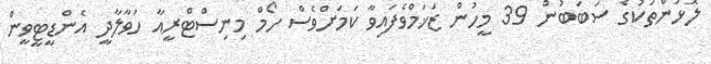
ލޮޅުންތަކުގެ ސަބަބުން 39 މީހުން ޒަޚަމްވެފައިވާ ކަމަށްވެސް ހޯމް މިނިސްޓްރީއާ ހަވާލާދީ އެންޑީޓީވީން